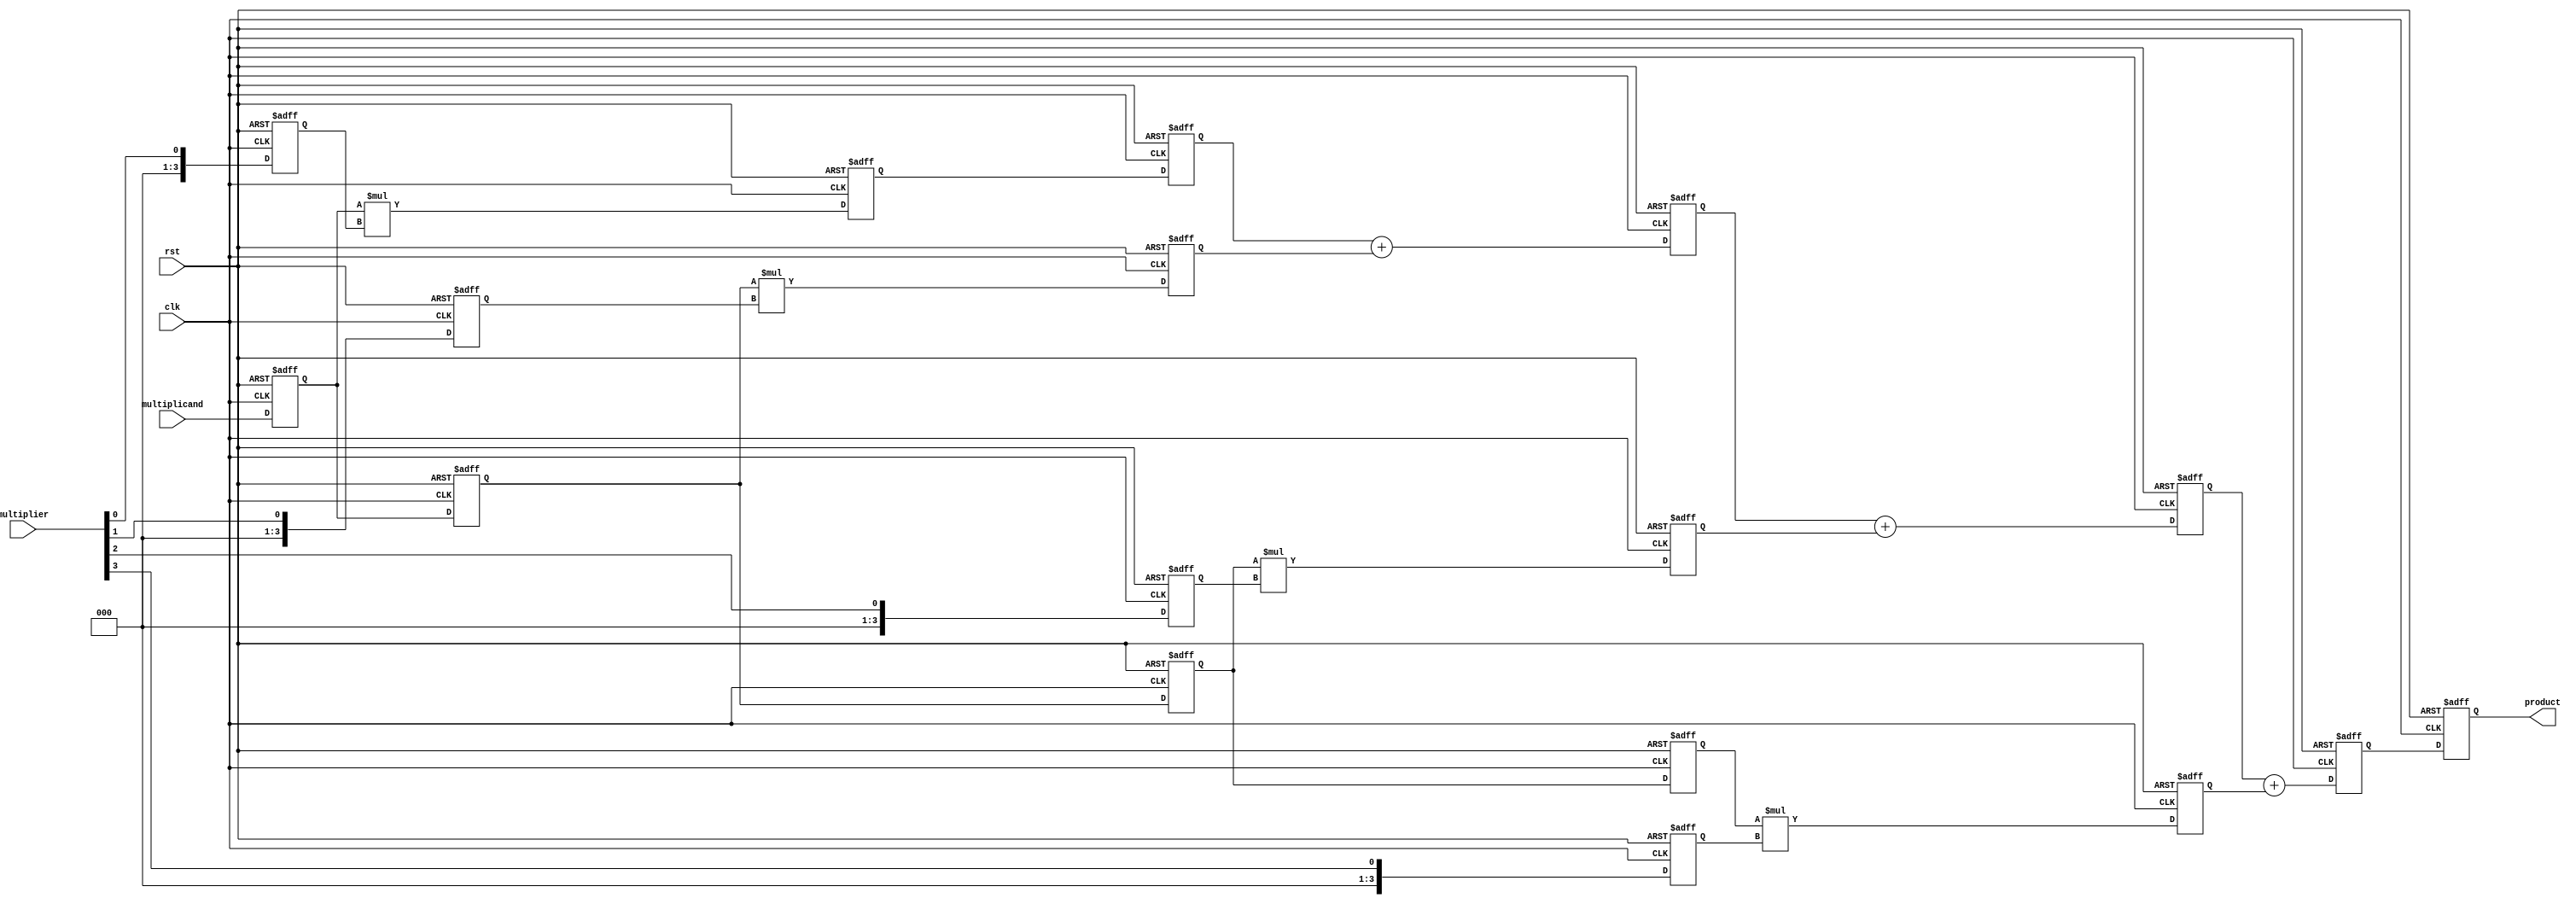
module systolic_multiplier #(
    parameter N = 4 // Bit-width of multiplicand and multiplier
)(
    input wire clk,
    input wire rst,
    input wire [N-1:0] multiplicand,
    input wire [N-1:0] multiplier,
    output reg [2*N-1:0] product
);

    // Processing Element (PE) definition
    reg [N-1:0] pe_multiplicand [0:N-1]; // Array of multiplicands for each PE
    reg [N-1:0] pe_multiplier [0:N-1];    // Array of multipliers for each PE
    reg [2*N-1:0] pe_partial_product [0:N-1]; // Partial products from each PE
    reg [2*N-1:0] pe_accumulator [0:N-1]; // Accumulators for each PE

    integer i;

    // Initialize PE arrays
    always @(posedge clk or posedge rst) begin
        if (rst) begin
            for (i = 0; i < N; i = i + 1) begin
                pe_multiplicand[i] <= 0;
                pe_multiplier[i] <= 0;
                pe_partial_product[i] <= 0;
                pe_accumulator[i] <= 0;
            end
            product <= 0;
        end else begin
            // Shift multiplicand and multiplier into PEs
            for (i = 0; i < N; i = i + 1) begin
                if (i == 0) begin
                    pe_multiplicand[i] <= multiplicand; // Load the first row with multiplicand
                    pe_multiplier[i] <= multiplier[i];   // Load the first column with multiplier bits
                end else begin
                    pe_multiplicand[i] <= pe_multiplicand[i-1]; // Shift multiplicand down
                    pe_multiplier[i] <= multiplier[i];           // Load next multiplier bit
                end
            end

            // Perform multiplication and accumulation in each PE
            for (i = 0; i < N; i = i + 1) begin
                pe_partial_product[i] <= pe_multiplicand[i] * pe_multiplier[i]; // Compute partial product
                if (i == 0) begin
                    pe_accumulator[i] <= pe_partial_product[i]; // Initial accumulation
                end else begin
                    pe_accumulator[i] <= pe_accumulator[i-1] + pe_partial_product[i]; // Accumulate results
                end
            end

            // Final product is the accumulated result from the last PE
            product <= pe_accumulator[N-1];
        end
    end

endmodule